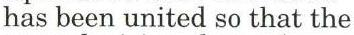
has been united so that the